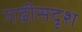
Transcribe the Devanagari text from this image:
गढीसदृश